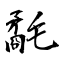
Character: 氄